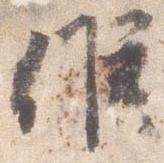
候